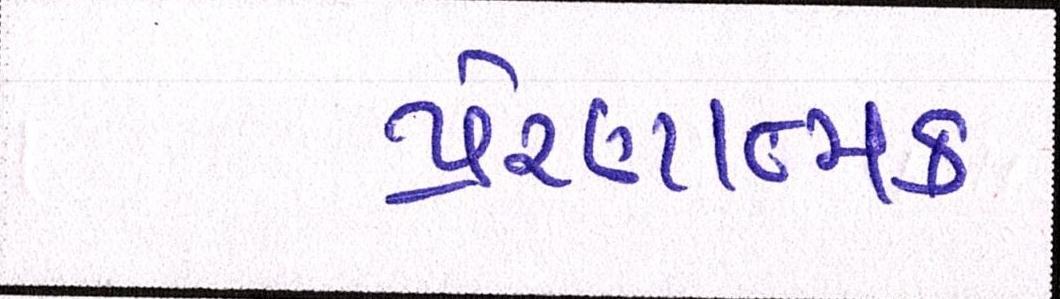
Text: પ્રેરણાત્મક